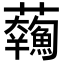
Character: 𩼥